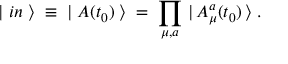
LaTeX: | \; i n \; \rangle \; \equiv \; | \; { \cal A } ( t _ { 0 } ) \; \rangle \; = \; \prod _ { \mu , a } \, | \, { \cal A } _ { \mu } ^ { a } ( t _ { 0 } ) \, \rangle \; .